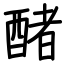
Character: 醏